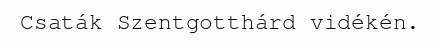
Csaták Szentgotthárd vidékén.